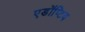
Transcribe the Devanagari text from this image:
एडॉप्टिव